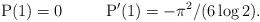
LaTeX: \begin{align*}\mathrm{P}(1)=0\ \ \ \ \ \ \ \ \mathrm{P}^\prime(1)=-\pi^2/(6\log 2).\end{align*}